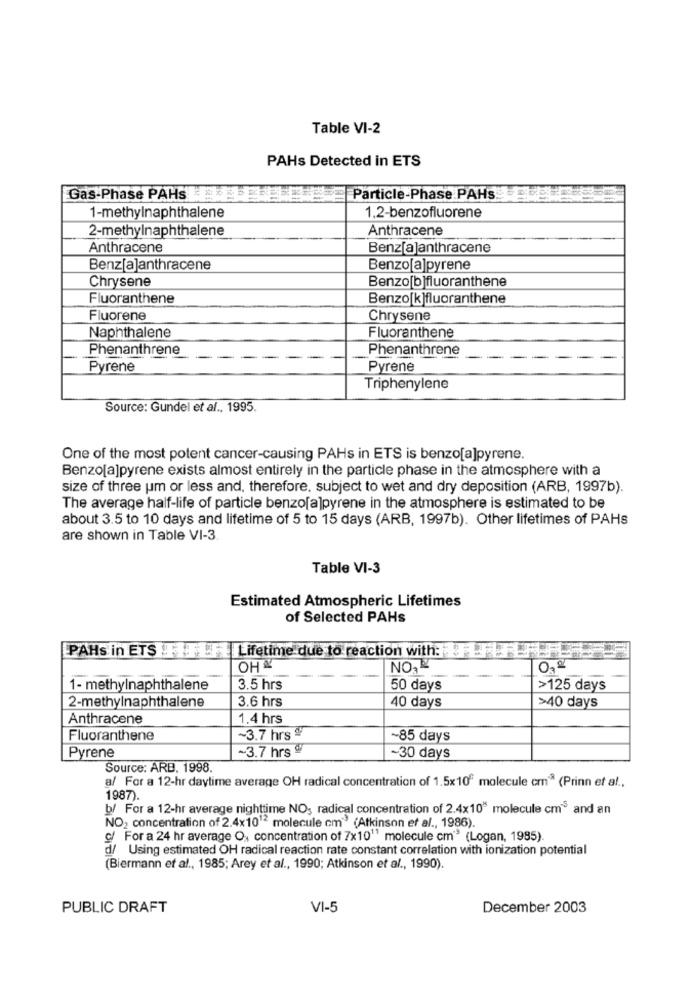
Table VI-2
PAHs Detected in ETS
Gas-Phase PAHs
Particle-Phase PAHs.
1-methylnaphthalene
1.2-benzofluorene
2-methylnaphthalene
Anthracene
Anthracene
Benz[a]anthracene
Benz[a]anthracene
Benzo[a]pyrene
Chrysene
Benzo[b]fluoranthene
Fluoranthene
Benzo[k]fluoranthene
Fluorene
Chrysene
Naphthalene
Fluoranthene
Phenanthrene
Phenanthrene
Pyrene
Pyrene
Triphenylene
Source: Gundel et al ., 1995.
One of the most potent cancer-causing PAHs in ETS is benzo[a]pyrene.
Benzo[a]pyrene exists almost entirely in the particle phase in the atmosphere with a
size of three um or less and, therefore, subject to wet and dry deposition (ARB, 1997b).
The average half-life of particle benzo[a]pyrene in the atmosphere is estimated to be
about 3.5 to 10 days and lifetime of 5 to 15 days (ARB, 1997b). Other lifetimes of PAHs
are shown in Table VI-3
Table VI-3
Estimated Atmospheric Lifetimes
of Selected PAHs
PAHs in ETS TIFLF Lifetime due to reaction with:
OH
NO-
0,2
1- methylnaphthalene
3.5 hrs
50 days
>125 days
2-methylnaphthalene
3.6 hrs
40 days
>40 days
Anthracene
1.4 hrs
Fluoranthene
~3.7 hrs §
~85 days
~3.7 hrs º
Pyrene
~30 days
Source: ARB, 1998.
a/ For a 12-hr daytime average OH radical concentration of 1.5x10ª molecule cm3 (Prinn et al .,
1987).
b/ For a 12-hr average nighttime NO; radical concentration of 2.4x10" molecule cm and an
NO2 concentration of 2.4x1012 molecule cm" (Atkinson et al ., 1986).
g/ For a 24 hr average O, concentration of 7x10"" molecule cm" (Logan, 1985)
d/ Using estimated OH radical reaction rate constant correlation with ionization potential
(Biermann et al ., 1985; Arey et al ., 1990; Atkinson et al ., 1990).
PUBLIC DRAFT
VI-5
December 2003